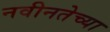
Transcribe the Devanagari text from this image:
नवीनतेच्या